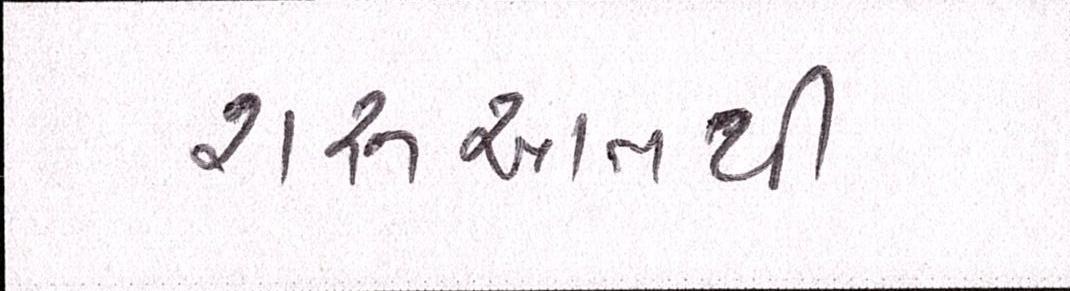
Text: શરૃઆતથી